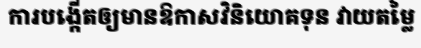
ការបង្កើតឲ្យមានឱកាសវិនិយោគទុន វាយតម្លៃ